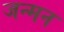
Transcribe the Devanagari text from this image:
जन्मन